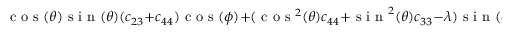
\textrm { c o s } ( \theta ) \textrm { s i n } ( \theta ) ( c _ { 2 3 } + c _ { 4 4 } ) \textrm { c o s } ( \phi ) + ( \textrm { c o s } ^ { 2 } ( \theta ) c _ { 4 4 } + \textrm { s i n } ^ { 2 } ( \theta ) c _ { 3 3 } - \lambda ) \textrm { s i n } ( \phi ) = 0